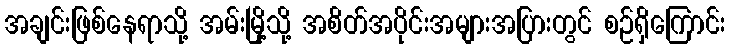
အချင်းဖြစ်နေရာသို့ အမ်းမြို့သို့ အစိတ်အပိုင်းအများအပြားတွင် စဉ်ရှိကြောင်း